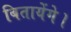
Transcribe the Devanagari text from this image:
बितायेंगे।